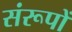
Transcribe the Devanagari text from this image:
संरूपों